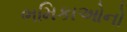
ભમિકાઓનો